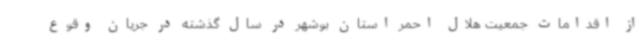
از اقدامات جمعیت هلال احمر استان بوشهر در سال گذشته در جریان وقوع